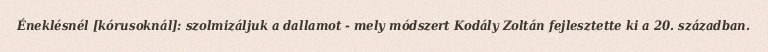
Éneklésnél [kórusoknál]: szolmizáljuk a dallamot - mely módszert Kodály Zoltán fejlesztette ki a 20. században.